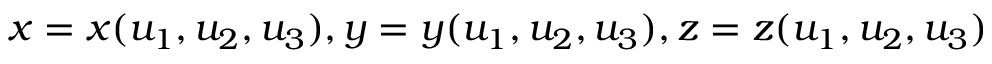
x = x ( u _ { 1 } , u _ { 2 } , u _ { 3 } ) , y = y ( u _ { 1 } , u _ { 2 } , u _ { 3 } ) , z = z ( u _ { 1 } , u _ { 2 } , u _ { 3 } )